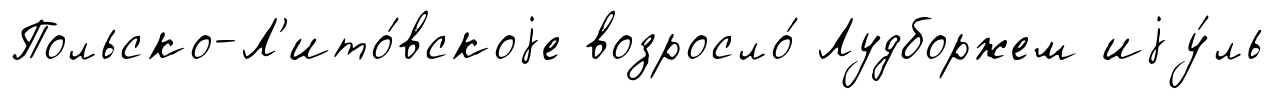
Польско-Л'ито́вскоjе возросло́ Лудборжем иjу́ль